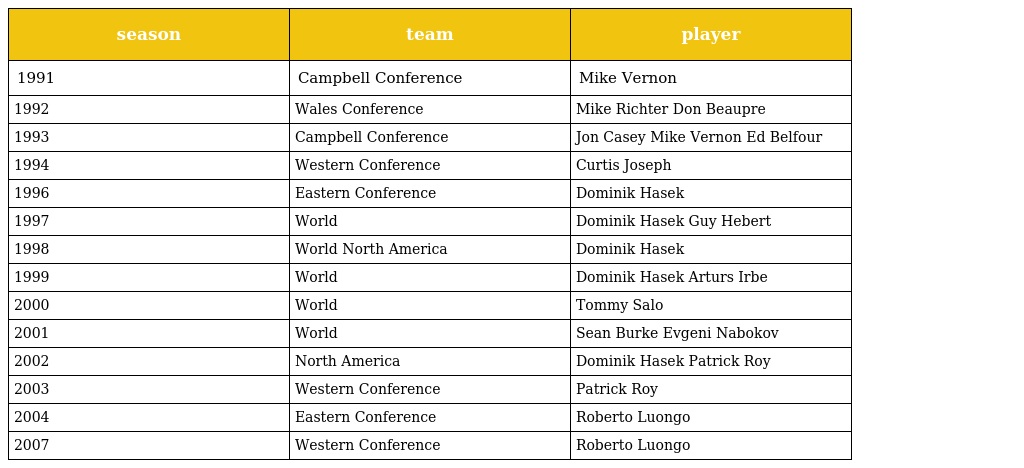
| season | team | player |
 | --- | --- | --- |
 | 1991 | Campbell Conference | Mike Vernon |
 | 1992 | Wales Conference | Mike Richter Don Beaupre |
 | 1993 | Campbell Conference | Jon Casey Mike Vernon Ed Belfour |
 | 1994 | Western Conference | Curtis Joseph |
 | 1996 | Eastern Conference | Dominik Hasek |
 | 1997 | World | Dominik Hasek Guy Hebert |
 | 1998 | World North America | Dominik Hasek |
 | 1999 | World | Dominik Hasek Arturs Irbe |
 | 2000 | World | Tommy Salo |
 | 2001 | World | Sean Burke Evgeni Nabokov |
 | 2002 | North America | Dominik Hasek Patrick Roy |
 | 2003 | Western Conference | Patrick Roy |
 | 2004 | Eastern Conference | Roberto Luongo |
 | 2007 | Western Conference | Roberto Luongo |